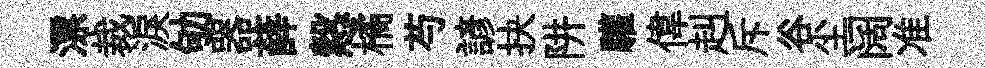
漂裁淚劬器薛慤橘芍諺抉阱驩偉赳斥谷尘阔准